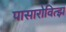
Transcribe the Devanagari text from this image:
पासारोवित्झ